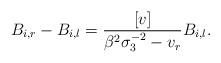
LaTeX: \begin{align*}B_{i,r}-B_{i,l} = \frac{[v]}{\beta^2\sigma_3^{-2}-v_r} B_{i,l}.\end{align*}